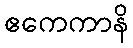
ဧကေကာနိ